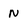
Character: n